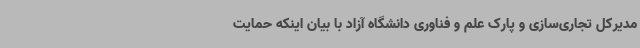
مدیرکل تجاری‌سازی و پارک علم و فناوری دانشگاه آزاد با بیان اینکه حمایت